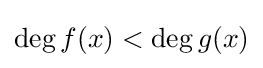
\deg f(x)<\deg g(x)